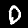
Label: 0